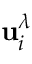
\mathbf { u } _ { i } ^ { \lambda }